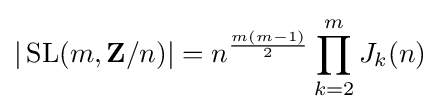
|\operatorname {SL} (m,\mathbf {Z} /n)|=n^{\frac {m(m-1)}{2}}\prod _{k=2}^{m}J_{k}(n)